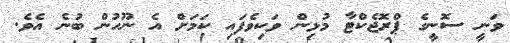
ވަނީ ސޮނީގެ ޕްރޮޖެކްޓާ މުޅިން ވަކިވެފައި ކަމަށް އެ ނޫހުން ބުނެ އެވެ.